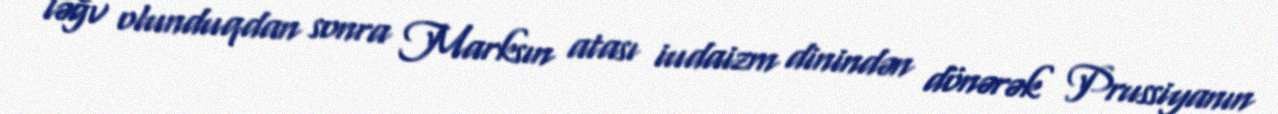
ləğv olunduqdan sonra Marksın atası iudaizm dinindən dönərək Prussiyanın